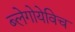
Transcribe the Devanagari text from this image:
ब्लेगोयेविच